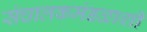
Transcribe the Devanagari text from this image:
संचालकमंडळाशी